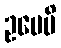
ဥပေမိ